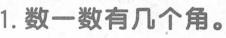
1.数一数有几个角。